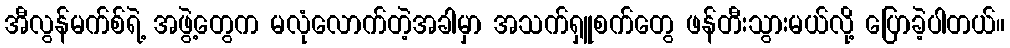
အီလွန်မက်စ်ရဲ့ အဖွဲ့တွေက မလုံလောက်တဲ့အခါမှာ အသက်ရှူစက်တွေ ဖန်တီးသွားမယ်လို့ ပြောခဲ့ပါတယ်။